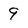
Character: 9